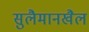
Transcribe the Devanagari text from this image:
सुलैमानखैल